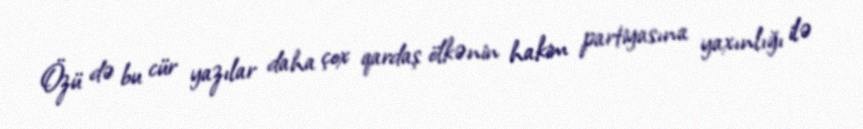
Özü də bu cür yazılar daha çox qardaş ölkənin hakim partiyasına yaxınlığı ilə